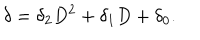
LaTeX: \delta = \delta _ { 2 } D ^ { 2 } + \delta _ { 1 } D + \delta _ { 0 } .